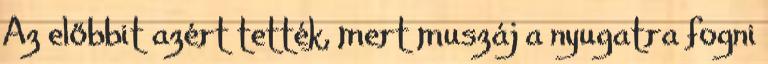
Az előbbit azért tették, mert muszáj a nyugatra fogni